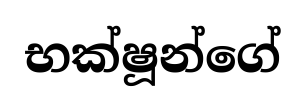
භක්ෂූන්ගේ